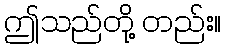
ဤသည်တို့ တည်း။